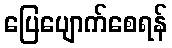
ပြေပျောက်စေရန်